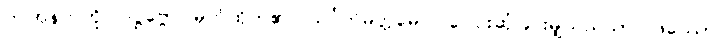
ဤအနက်ကို။ ဒဋ္ဌဗ္ဗော၊ မှတ်ထိုက်၏။ သင်္ဂတိမတ္တမေဝ၊ ပေါင်းဆုံခြင်းမျှသည်သာ။ ဖဿော၊